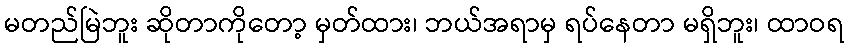
မတည်မြဲဘူး ဆိုတာကိုတော့ မှတ်ထား၊ ဘယ်အရာမှ ရပ်နေတာ မရှိဘူး၊ ထာဝရ